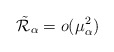
\begin{align*} \tilde{\mathcal{R}}_{\alpha}=o(\mu_\alpha^2) \end{align*}